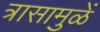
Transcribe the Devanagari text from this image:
त्रासामुळें